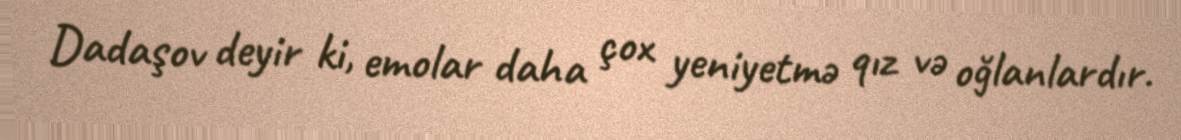
Dadaşov deyir ki, emolar daha çox yeniyetmə qız və oğlanlardır.